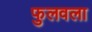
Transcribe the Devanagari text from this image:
फुलवला